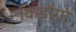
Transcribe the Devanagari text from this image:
किडोगो